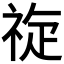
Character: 𱵑